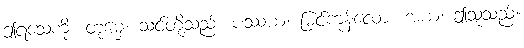
ဤရသေ့ကို။ တုမှေ၊ သင်တို့သည်။ ပဿယ၊ မြင်ကုန်လော့။ အယံ၊ ဤသူသည်။